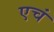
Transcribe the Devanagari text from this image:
एचं